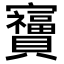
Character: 𫴩